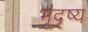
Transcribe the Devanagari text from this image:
भूदृष्य